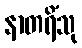
နာတရိံသု